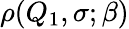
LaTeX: \rho(Q_{1},\sigma;\beta)